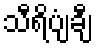
သီရိပျံချီ